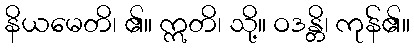
နိယမေတိ၊ ၏။ ဣတိ၊ သို့။ ဝဒန္တိ၊ ကုန်၏။